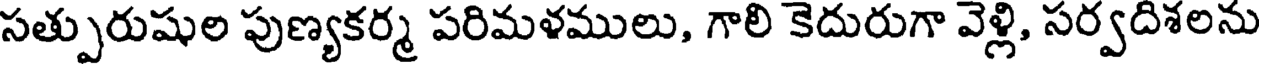
సత్పురుషుల పుణ్యకర్మ పరిమళములు, గాలి కెదురుగా వెళ్లి, సర్వదిశలను